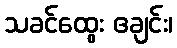
သခင်ထွေး ဧချင်း၊